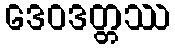
ဒေဝဒတ္တဿ